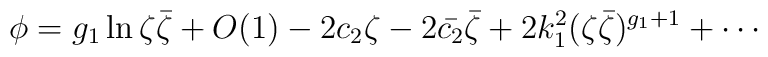
\phi = g_1\ln\zeta\bar\zeta +O(1) -2  c_2 \zeta -2  \bar{c_2}\bar\zeta + 2 k_1^2 (\zeta\bar\zeta)^{g_1+1}+\cdots